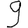
Digit: 9